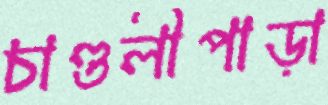
চাণ্ডলীপাড়া